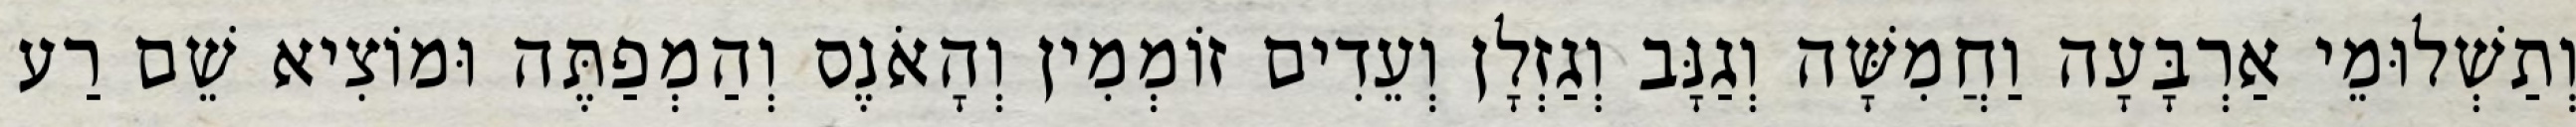
וְתַשְׁלוּמֵי אַרְבָּעָה וַחֲמִשָּׁה וְגַנָּב וְגַזְלָן וְעֵדִים זוֹמְמִין וְהָאֹנֶס וְהַמְפַתֶּה וּמוֹצִיא שֵׁם רַע